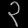
Digit: ၃